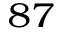
^ { 8 7 }